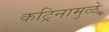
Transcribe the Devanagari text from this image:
कट्रिनामुळे